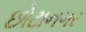
છોટાનગર